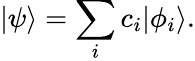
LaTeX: |\psi\rangle=\sum_{i}c_{i}|\phi_{i}\rangle.